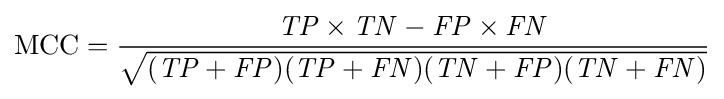
{\text{MCC}}={\frac {{\mathit {TP}}\times {\mathit {TN}}-{\mathit {FP}}\times {\mathit {FN}}}{\sqrt {({\mathit {TP}}+{\mathit {FP}})({\mathit {TP}}+{\mathit {FN}})({\mathit {TN}}+{\mathit {FP}})({\mathit {TN}}+{\mathit {FN}})}}}